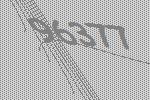
96377